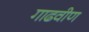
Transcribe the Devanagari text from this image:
गाढवीण